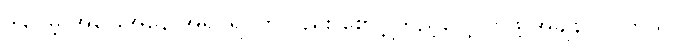
ဒါပေမဲ့ အခြေအနေ အရပ်ရပ်ကိုလည်း စောင့်ကြည့်လေ့လာဖို့ အချိန်လိုပါတယ်